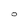
Character: O